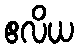
ဧလိယ